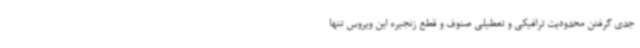
جدی گرفتن محدودیت ترافیکی و تعطیلی صنوف و قطع زنجیره این ویروس تنها